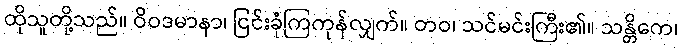
ထိုသူတို့သည်။ ဝိဝဒမာနာ၊ ငြင်းခုံကြကုန်လျှက်။ တဝ၊ သင်မင်းကြီး၏။ သန္တိကေ၊